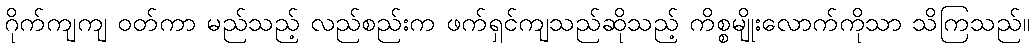
ဂိုက်ကျကျ ဝတ်ကာ မည်သည့် လည်စည်းက ဖက်ရှင်ကျသည်ဆိုသည့် ကိစ္စမျိုးလောက်ကိုသာ သိကြသည်။